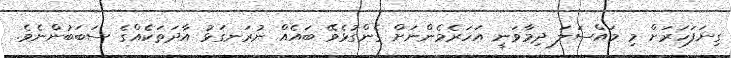
ގިނަފަހަރަށް މި މައްސަލަ ދިމާވަނީ އަހަރެމެންނަށް ގެންގުޅެވޭ ބައެއް ނުރަނގަޅު އާދަތަކެއްގެ ސަބަބުންނެވެ.